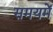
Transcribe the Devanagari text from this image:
समयमें